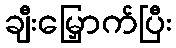
ချီးမြှောက်ပြီး